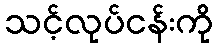
သင့်လုပ်ငန်းကို